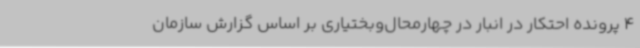
4 پرونده احتکار در انبار در چهارمحال‌وبختیاری بر اساس گزارش سازمان